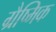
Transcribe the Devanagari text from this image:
ग्रैष्मिक